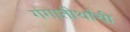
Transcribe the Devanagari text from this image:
गंगातीर्थांची